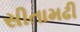
સીતામઢી